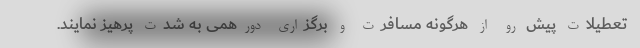
تعطیلات پیش رو از هرگونه مسافرت و برگزاری دورهمی به شدت پرهیز نمایند.